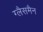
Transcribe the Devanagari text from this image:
ग्लैसमैन